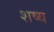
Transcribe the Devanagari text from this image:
शष्य